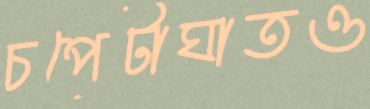
চপেটাঘাতও